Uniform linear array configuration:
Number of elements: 12
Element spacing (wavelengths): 0.25
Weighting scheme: kaiser
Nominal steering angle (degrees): -45
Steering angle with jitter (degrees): -43.412
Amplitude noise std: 0.05
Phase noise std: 0.05

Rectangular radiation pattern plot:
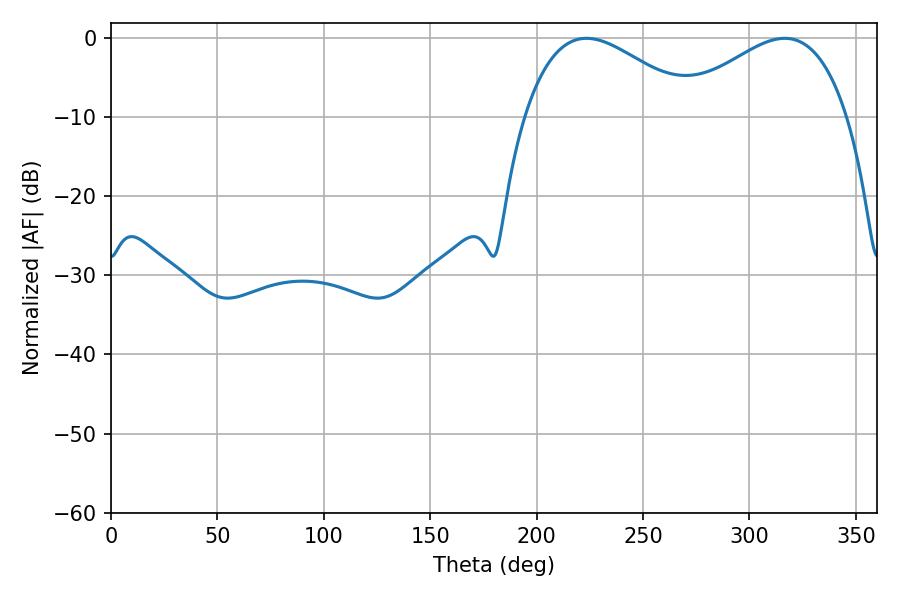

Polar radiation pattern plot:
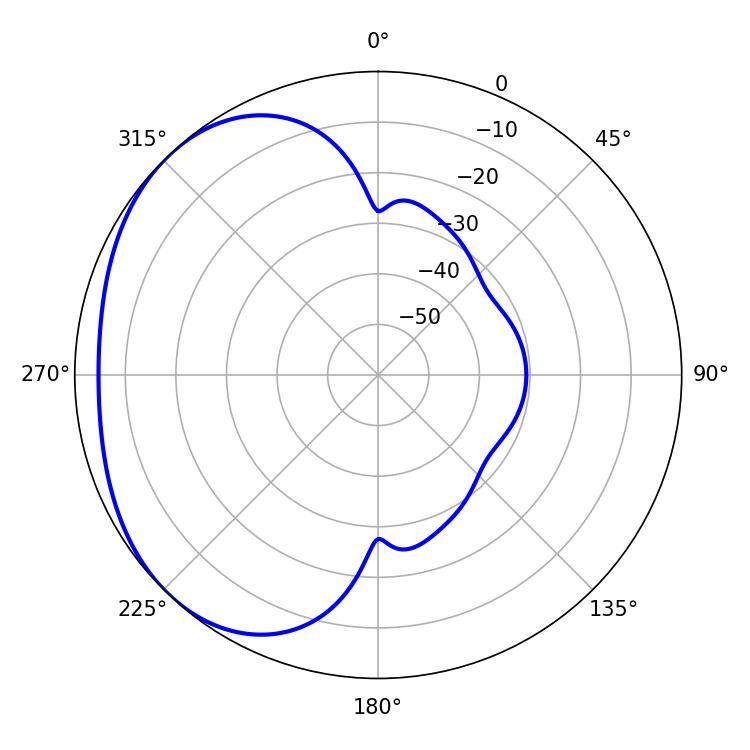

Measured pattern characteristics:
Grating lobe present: FALSE
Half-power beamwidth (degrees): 43.92
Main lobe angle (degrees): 223.38